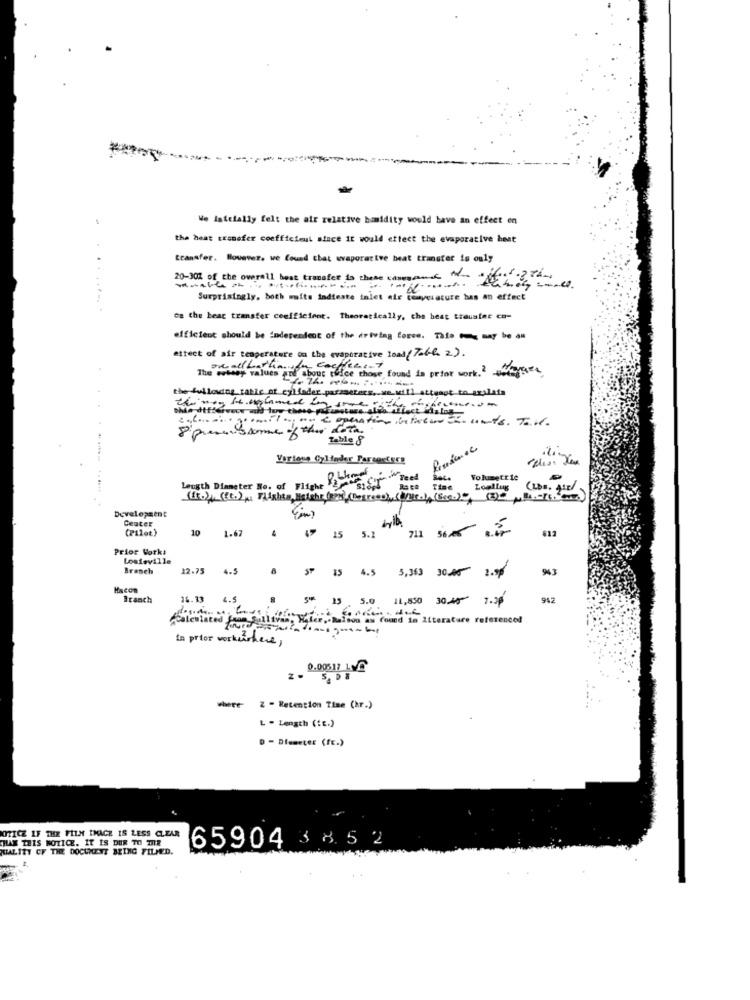
We Initially felt the air relative humidity would have an effect en
the heat transfer coefficient since it would effect the evaporative hest
transfer. Bouever. we found that evaporative beat transfer is only
20-30% of the overall best transfer to these umana 4. 2020
Surprisingly, both muits indteste inlet air ceayacure has an effect
oa the bear transfer coefficient. Theoretically, che heat transfer co-
efficient should be independent of the driving force. Tato - may be an
ettect of air temperature on the evaporative load ( Tabl 2 ) .
The erbeet values and about twice chose found in prior work.2 moraes
oncallbathaof coffee :- 7
the following table of cyifader parameters, we will attempt to arplata
buona operation in theme - unds. Toll.
8 presissome of this dota
Table 8
Volumetric
Length Diameter No. of Flight
Time
Development
Center
(Pilot)
10
1.67
4
711 5605 2
15
Prior Works
Louisville
Branch
12.75
4.5
SP 15
4.5
943
5 5,363 30.06 2.50
Hacon
Branch
15.13
4.5
15
5.0
11,830 30.45 7.38
942
calculated Jan-Sullivan
am found in Literature referenced
tn prior workushere,
where
Z - Retention Time (hr.)
L - Length (fE.)
D - Diameter (fr.)
NOTICE IF THE FILM IMAGE IS LESS CLEAR
THAN THIS NOTICE. IT IS DUR TO TIR
3 8.5 2
QUALITY CF THE DOCUMENT BEING FILMED.
65904